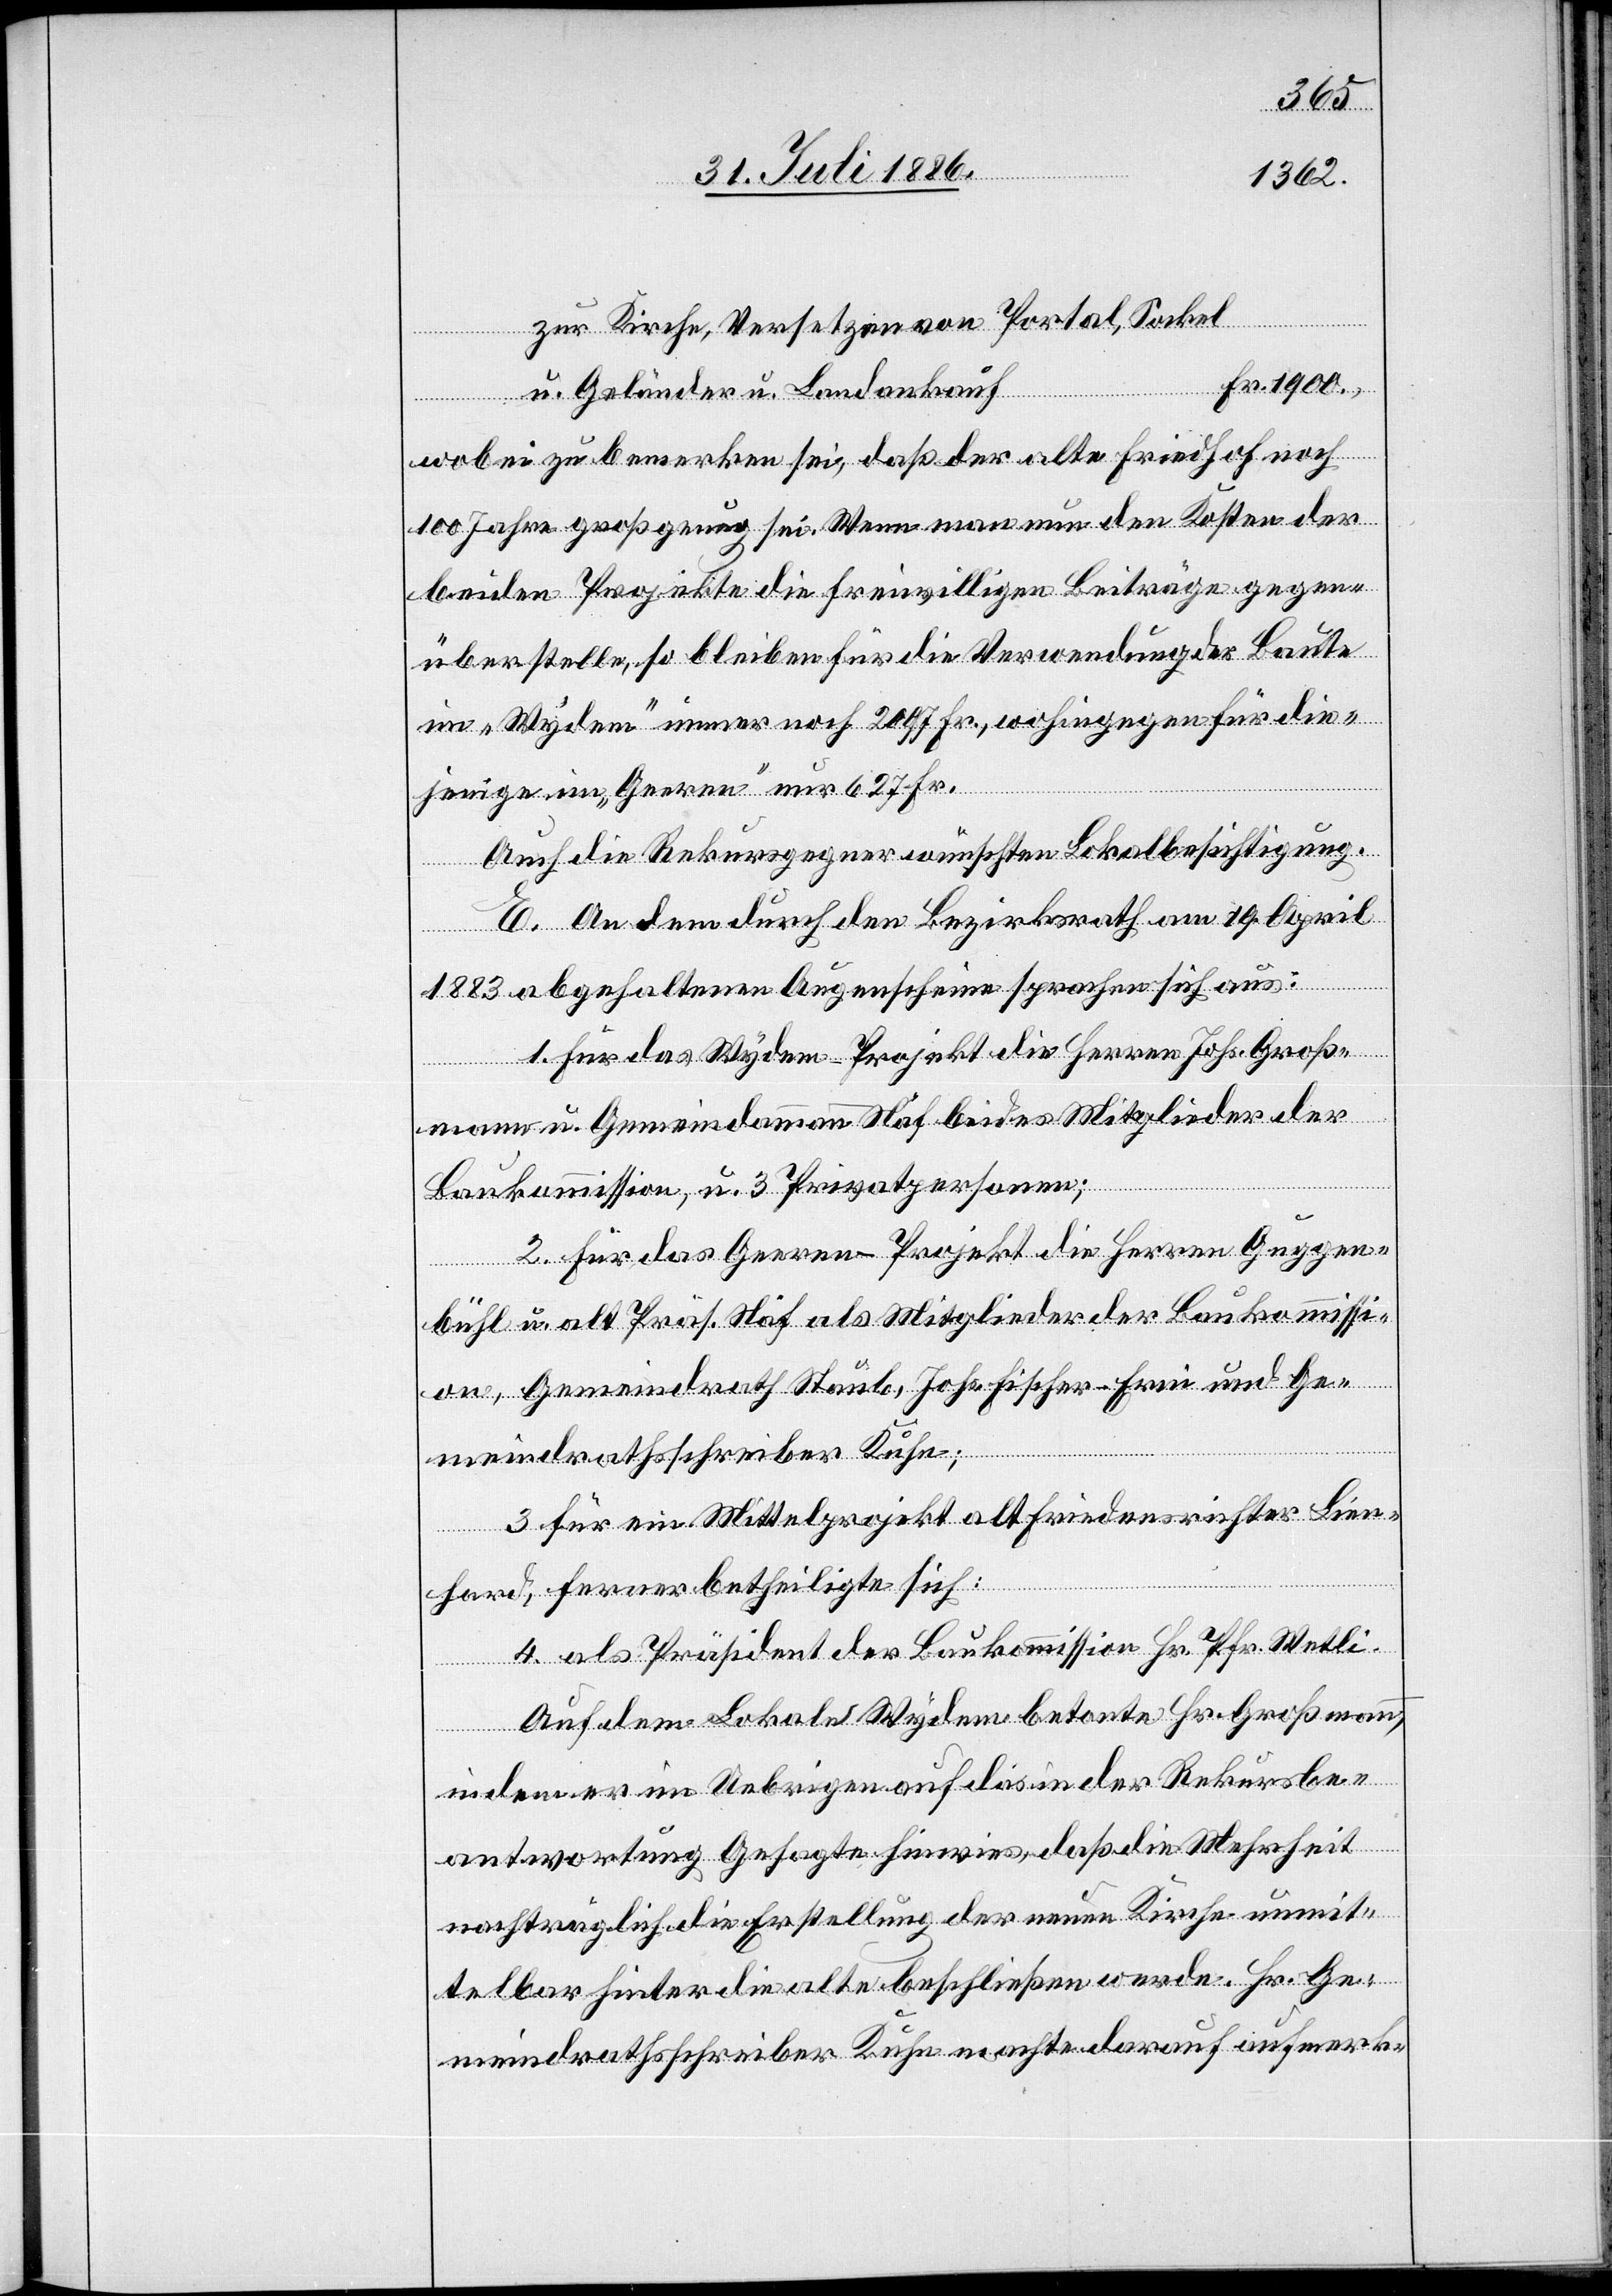
zur Kirche, Versetzen von Portal, Sockel
u. Geländer u. Landankauf
wobei zu bemerken sei, daß der alte Friedhof noch
100 Jahre groß genug sei. Wenn man nun den Kosten der
beiden Projekte die freiwilligen Beiträge gegen¬
überstelle, so bleiben für die Verwendung der Baute
im „Wydem“ immer noch 2097 Fr., wohingegen für die¬
jenige im „Geeren“ nur 627 Fr.
Auch die Rekursgegner wünschten Lokalbesichtigung.
E. An dem durch den Bezirksrath am 19. April
1883 abgehaltenen Augenschein sprachen sich aus:
1. Für das Wydem-Projekt die Herren Johs. Groß¬
mann u. Gemeindeammann Näf beides Mitglieder der
Bankkommission, u. 3 Privatpersonen;
2. Für das Geeren-Projekt die Herren Guggen¬
Fr.
bühl u. alt Präs. Näf als Mitglieder der Bankkommissi¬
on, Gemeindrath Staub, Johs. Fischer-Frei und Ge¬
meindrathsschreiber Kuhn;
3. Für ein Mittelprojekt alt Friedensrichter Lien¬
hard, ferner betheiligte sich:
4. als Präsident der Baukommission Hr. Pfr. Wetli.
Auf dem Lokale Wydem betonte Hr. Großmann,
indem er im Uebrigen auf das in der Rekursbe¬
antwortung Gesagte hinwies, daß die Mehrheit
nachträglich die Erstellung der neuen Kirche unmit¬
telbar hinter die alte beschließen werde. Hr. Ge¬
meindrathsschreiber Kuhn machte darauf aufmerk-